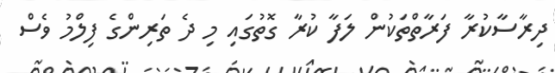
ދިރާސާކުރާ ފަރާތްތަކުން ލަފާ ކުރާ ގޮތުގައި މި ދެ ތަރިންގެ ފިލްމު ވެސް